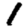
Digit: 1